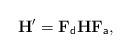
LaTeX: \begin{align*}\begin{aligned}{\bf H}'={\bf F}_{\sf d}{\bf H}{\bf F}_{\sf a},\end{aligned}\end{align*}